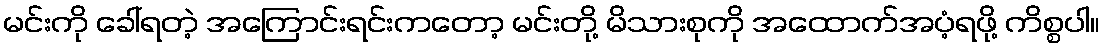
မင်းကို ခေါ်ရတဲ့ အကြောင်းရင်းကတော့ မင်းတို့ မိသားစုကို အထောက်အပံ့ရဖို့ ကိစ္စပါ။